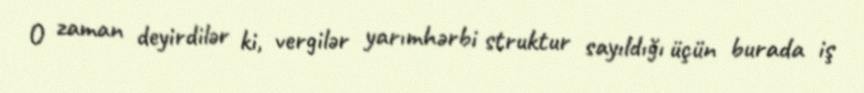
O zaman deyirdilər ki, vergilər yarımhərbi struktur sayıldığı üçün burada iş